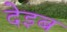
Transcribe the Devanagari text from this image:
देइब